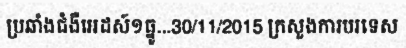
ប្រឆាំងជំងឺអេដស៍១ធ្នូ...30/11/2015 ក្រសួងការបរទេស